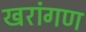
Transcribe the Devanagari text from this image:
खरांगण